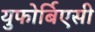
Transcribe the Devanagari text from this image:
युफोर्बिएसी